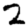
Digit: 2